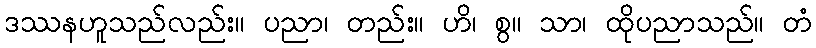
ဒဿနဟူသည်လည်း။ ပညာ၊ တည်း။ ဟိ၊ စွ။ သာ၊ ထိုပညာသည်။ တံ